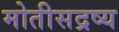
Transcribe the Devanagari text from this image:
मोतीसद्रष्य